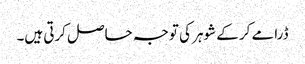
ڈرامے کر کے شوہر کی توجہ حاصل کرتی ہیں۔